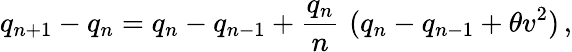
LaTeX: q_{n+1}-q_{n}=q_{n}-q_{n-1}+{\frac{q_{n}}{n}}\, \, (q_{n}-q_{n-1}+\theta v^{2})\, ,